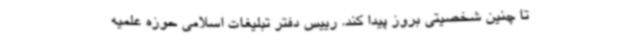
تا چنین شخصیتی بروز پیدا کند. رییس دفتر تبلیغات اسلامی حوزه علمیه